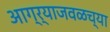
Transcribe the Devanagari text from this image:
आग्र्याजवळच्या